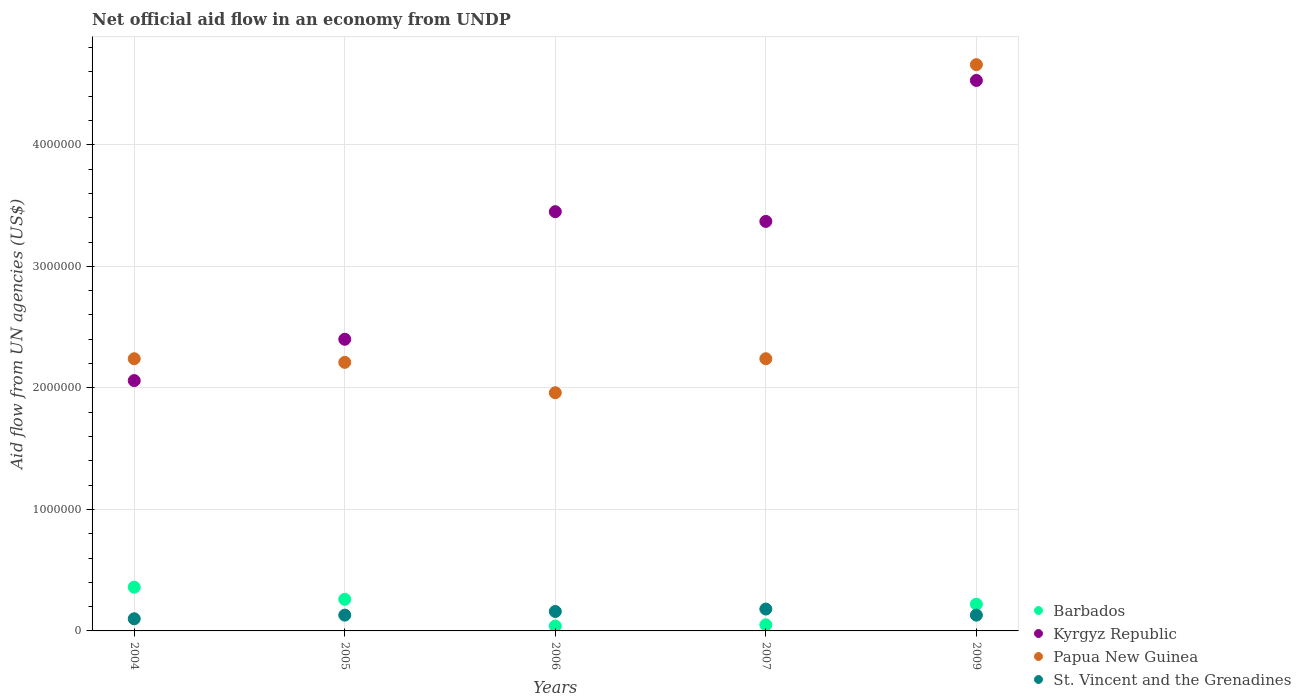
| Years | Barbados | Kyrgyz Republic | Papua New Guinea | St. Vincent and the Grenadines |
 | --- | --- | --- | --- | --- |
 | 2004 | 3.6e+05 | 2.06e+06 | 2.24e+06 | 1e+05 |
 | 2005 | 2.6e+05 | 2.4e+06 | 2.21e+06 | 1.3e+05 |
 | 2006 | 4e+04 | 3.45e+06 | 1.96e+06 | 1.6e+05 |
 | 2007 | 5e+04 | 3.37e+06 | 2.24e+06 | 1.8e+05 |
 | 2009 | 2.2e+05 | 4.53e+06 | 4.66e+06 | 1.3e+05 |